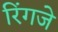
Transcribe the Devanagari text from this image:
रिंगजे